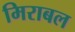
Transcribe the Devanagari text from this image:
मिराबल